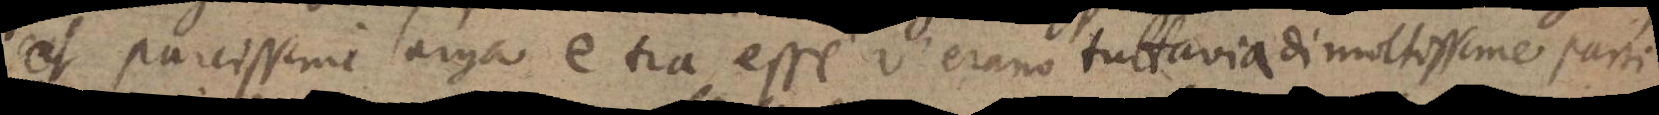
et parcissime larga e tra esse v’erano tuttavia di moltissime parti